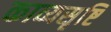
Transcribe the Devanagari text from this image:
काव्यसृष्टि